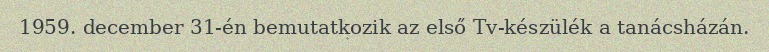
1959. december 31-én bemutatkozik az első Tv-készülék a tanácsházán.